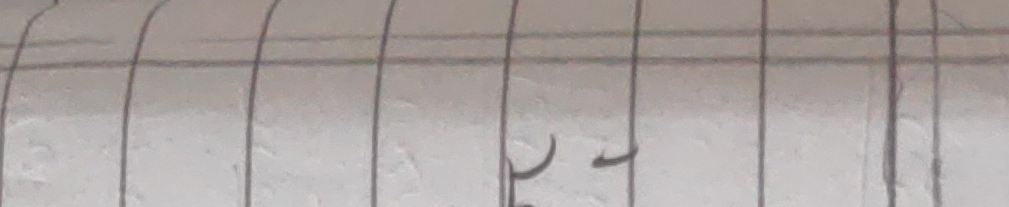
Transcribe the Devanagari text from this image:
२